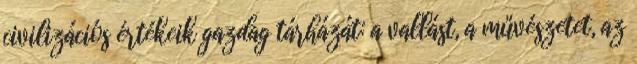
civilizációs értékeik gazdag tárházát: a vallást, a művészetet, az